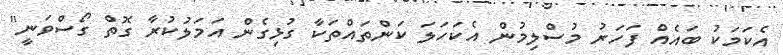
އެކަމަކު ބައެއް ފަހަރު މުސްލިމުން އެކަހަލަ ކަންތައްތަކާ ގުޅިގެން އަމަލުކުރާ ގޮތް ގޯސްވަނީ"